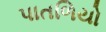
પાતળિયો